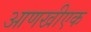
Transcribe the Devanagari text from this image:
आणखीएक